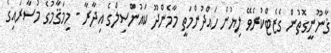
ޤާނޫނީގޮތުން ގެޒެޓްކުރެވޭ ލިޔުން ހައްދުންމަތީ މާމެންދޫ ކައުންސިލްގެ އިދާރާ - މިމަޤާމުގެ މުސާރައިގެ